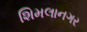
શિમલાનગર